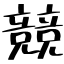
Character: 競